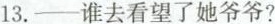
13.——谁去看望了她爷爷?